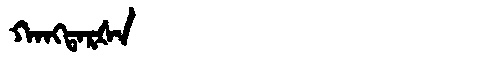
Manchu: ᡴᠠᠩᡨᠠᡵᡧᠠ
Romanization: KANGTARŠA